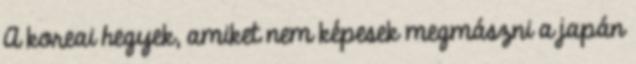
A koreai hegyek, amiket nem képesek megmászni a japán